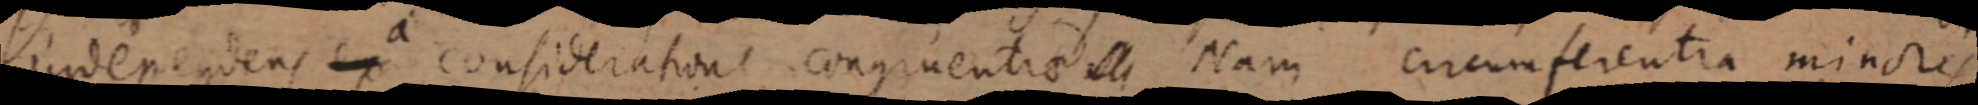
independens ex a consideratione congruentiae Nam circumferentia minoris